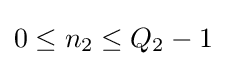
0\leq n_{2}\leq Q_{2}-1